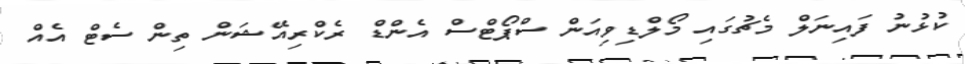
ކުޅުނު ފައިނަލް މެޗުގައި މޯލްޑިވިއަން ސްޕޯޓްސް އެންޑް ރެކްރިއޭޝަން ތިން ސެޓް އެއް